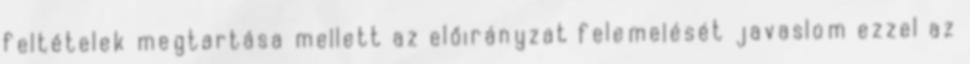
feltételek megtartása mellett az előirányzat felemelését javaslom ezzel az